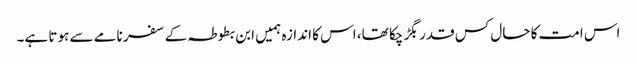
اس امت کا حال کس قدر بگڑ چکا تھا، اس کا اندازہ ہمیں ابن بطوطہ کے سفر نامے سے ہوتا ہے۔